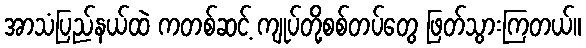
အာသံပြည်နယ်ထဲ ကတစ်ဆင့် ကျုပ်တို့စစ်တပ်တွေ ဖြတ်သွားကြတယ်။